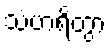
သံဟရိတွာ